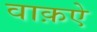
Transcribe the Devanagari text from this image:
वाक़ऐ